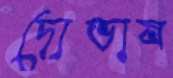
দোভাষ